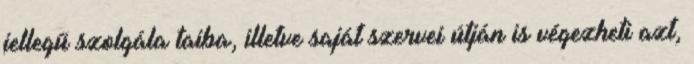
jellegű szolgála¬taiba, illetve saját szervei útján is végezheti azt,